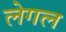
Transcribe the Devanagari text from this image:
लेगल